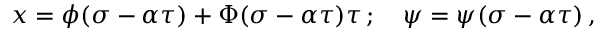
x = \phi ( \sigma - \alpha \tau ) + \Phi ( \sigma - \alpha \tau ) \tau \, ; \quad \psi = \psi ( \sigma - \alpha \tau ) \, ,